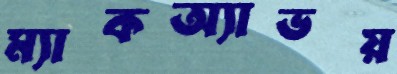
ম্যাকঅ্যাভয়